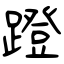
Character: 蹬